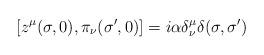
LaTeX: \begin{align*}\left[ z^\mu (\sigma,0 ),\pi _\nu (\sigma ^{\prime },0)\right]=i\alpha \delta _\nu ^\mu \delta (\sigma ,\sigma ^{\prime })\end{align*}